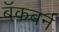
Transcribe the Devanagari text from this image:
बॅकबर्न